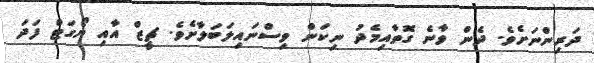
ދަރިންނަށެވެ. ދެން ވާނެ ގޮތާއިމެދު ނިކަން ވިސްނައިިލަބަލާށެވެ. ޗީޒް އާއި ޔޯގަޓް ފަަދަ